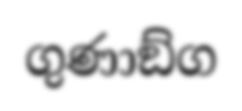
ගුණාඞ්ග